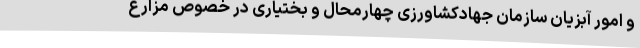
و امور آبزیان سازمان جهادکشاورزی چهارمحال و بختیاری در خصوص مزارع